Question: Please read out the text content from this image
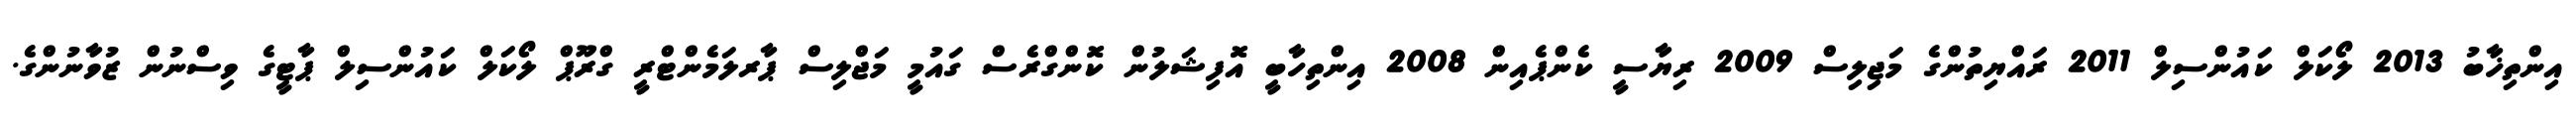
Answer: އިންތިޚާބު 2013 ލޯކަލް ކައުންސިލް 2011 ރައްޔިތުންގެ މަޖިލިސް 2009 ރިޔާސީ ކެންޕެއިން 2008 އިންތިހާބީ އޮފިޝަލުން ކޮންގްރެސް ގައުމީ މަޖްލިސް ޕާރލަމެންޓްރީ ގްރޫޕް ލޯކަލް ކައުންސިލް ޕާޓީގެ ވިސްނުން ޒުވާނުންގެ.